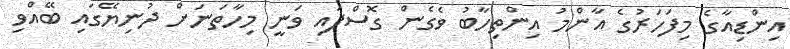
އިންޑިއާގެ މިފަހަރުގެ އާންމު އިންތިހާބު ވެގެން ގޮސްފައި ވަނީ މިހާތަނަށް ދުނިޔޭގައި ބޭއްވި